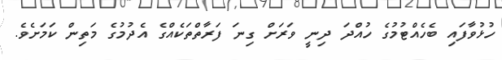
ހުޅުވާފައި ބެހެއްޓުމުގެ ހުއްދަ ދިނީ ވަރަށް ގިނަ ފަރާތްތަކެއްގެ އެދުމުގެ މަތިން ކަމަށެވެ.